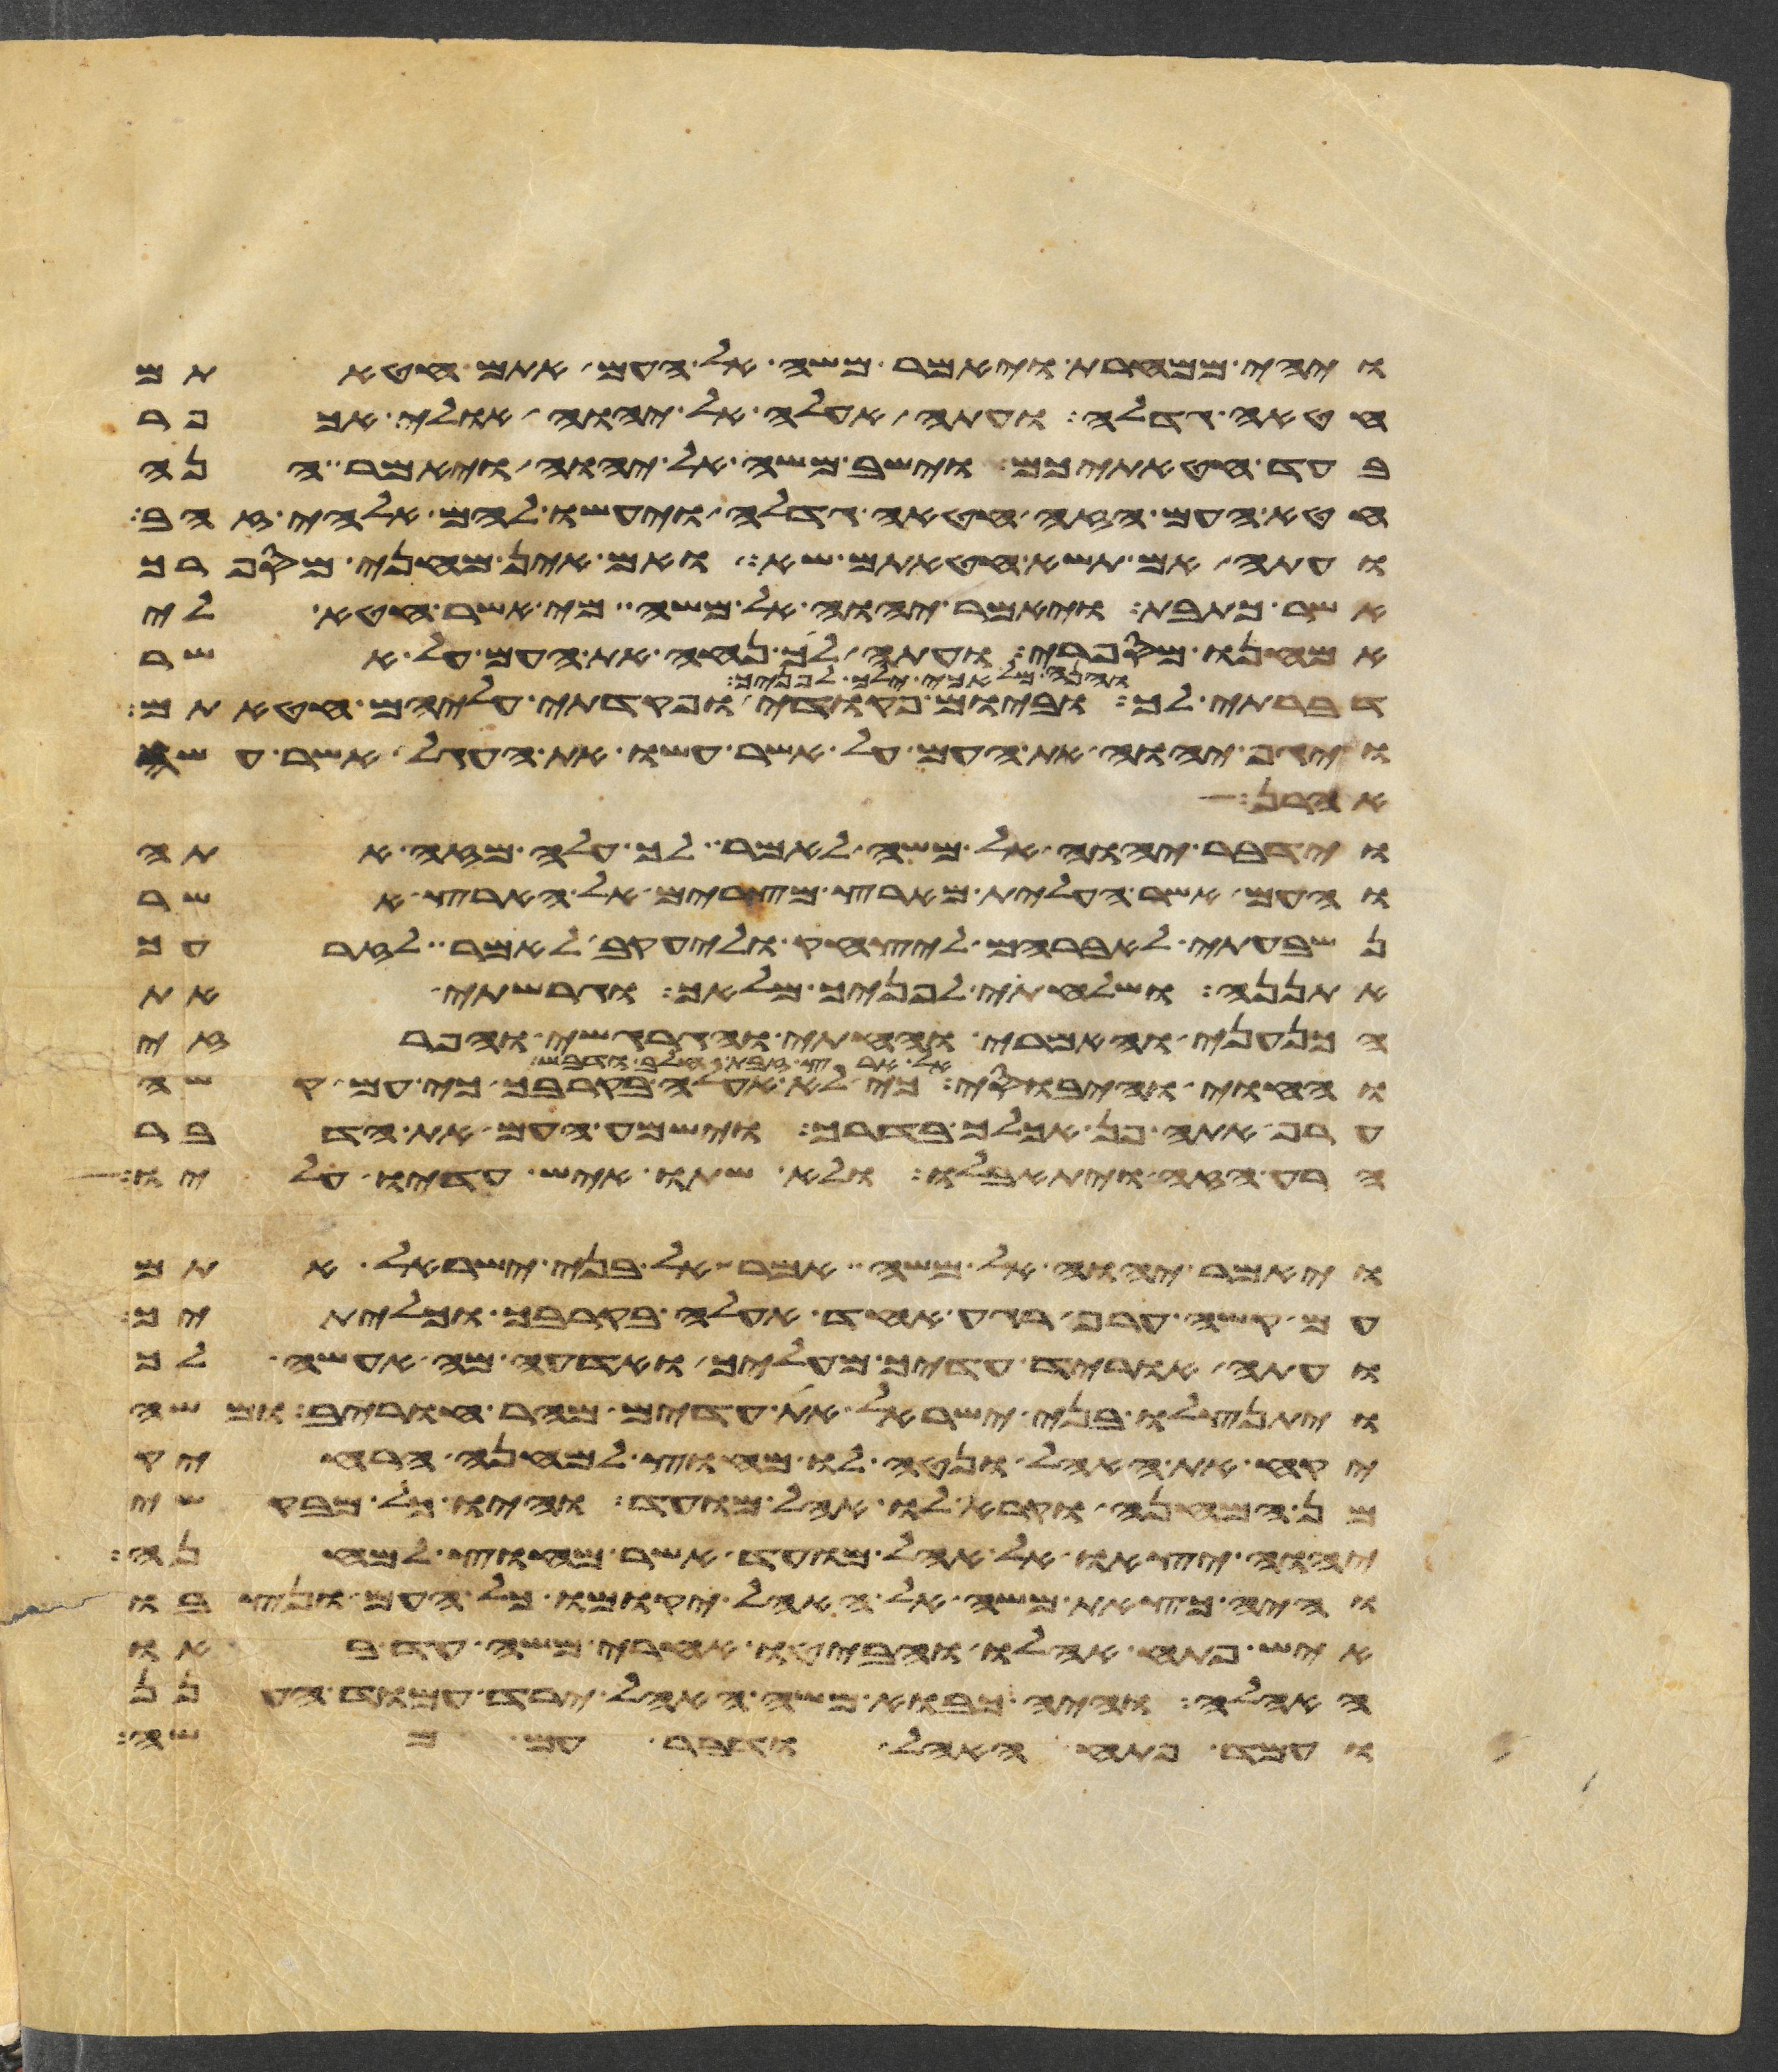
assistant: ויהי ממחרת ויאמר משה אל העם אתם חטאתם
חטאה גדלה ועתה אעלה אל יהוה אולי אכפר
בעד חטאתיכם וישב משה אל יהוה ויאמר הנה
חטא העם הזה חטאה גדלה ויעשו להם אלהי זהב
ועתה אם תשא חטאתם שא ואם אין מחני מספרך
אשר כתבת ויאמר יהוה אל משה מי אשר חטא לי
אמחנו מספרי ועתה לך נחה את העם על אשר
ילך לפניך וביום פקודי ופקדתי עליהם חטאתם
והנה מלאכי ילך לפניך
ויגף יהוה את העם על אשר עשו את העגל אשר עשה
אהרן
וידבר יהוה אל משה לאמר לך עלה מזה אתה
והעם אשר העלית מארץ מצרים אל הארץ אשר
נשבעתי לאברהם ליצחק וליעקב לאמר לזרעך
אתננה ושלחתי לפניך מלאך וגרשתי את
הכנעני והאמרי והחתי והגרגשי והפרזי
חלב ודבש כי לא אעלה בקרבך כי עם קשה
אל ארץ זבת חלב ודבש
ערף אתה פן אכלך בדרך וישמע העם את הדבר
הרע הזה ויתאבלו ולא שתו איש עדיו עליו
ויאמר יהוה אל משה אמר אל בני ישראל אתם
עם קשה ערף רגע אחד אעלה בקרבך וכליתיך
ועתה הוריד עדיך מעליך ואדעה מה אעשה לך
ויתנצלו בני ישראל את עדים מהר חורב ומשה
יקח את האהל ונטה לו מחוץ למחנה הרחיק
מן המחנה וקרא לו אהל מועד והיו כל מבקשי
יהוה יצאו אל אהל מועד אשר מחוץ למחנה
והיה כצאת משה אל האהל יקומו כל העם ונצבו
איש פתח אהלו והביטו אחרי משה עד באו
האהלה והיה כבוא משה האהל ירד עמוד הענן
ועמד פתח האהל ודבר עם משה